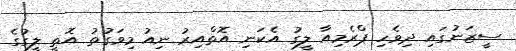
ސީޒަނުގައި ދިވެހި ޕްރެމިއާ ލީގު އެކަނި އޮތްއިރު ނިއު މިވަގުތު އޮތީ ލީގުގެ